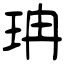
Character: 珃